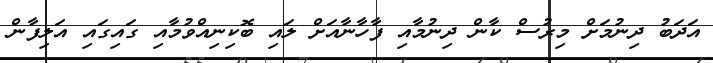
އަދަބު ދިނުމަށް މިރުސް ކާން ދިނުމާއި ފާހާނާއަށް ލައި ބޮކިނިއްވުމާއި ގައިގައި އަލިފާން